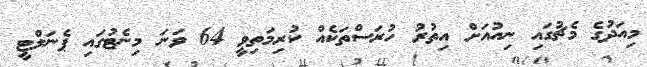
މިއަދުގެ މެޗުގައި ނިއުއަށް އިތުރު ހުރަސްތަކެއް ކުރިމަތިވީ 64 ވަނަ މިނެޓުގައި ޕެނަލްޓީ